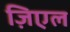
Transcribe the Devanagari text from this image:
ज़िएल